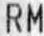
RM